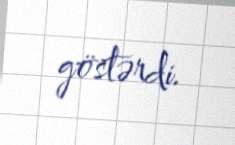
göstərdi.